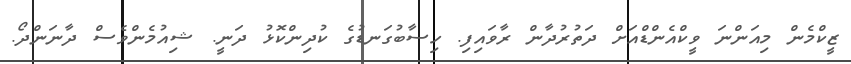
ޒީކްމެން މިއަންނަ ވީކްއެންޑްއަށް ދަތުރުދާން ރާވައިފި. ހިސާބުގަނޑުގެ ކުދިންކޮޅު ދަނީ. ޝިއުމެންވެސް ދާނަންދޯ.